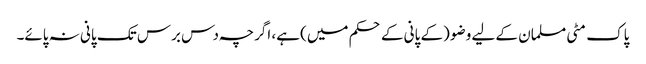
پاک مٹی مسلمان کے لیے وضو (کے پانی کے حکم میں) ہے، اگرچہ دس برس تک پانی نہ پائے۔